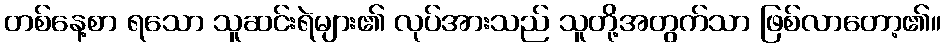
တစ်နေ့စာ ရသော သူဆင်းရဲများ၏ လုပ်အားသည် သူတို့အတွက်သာ ဖြစ်လာတော့၏။